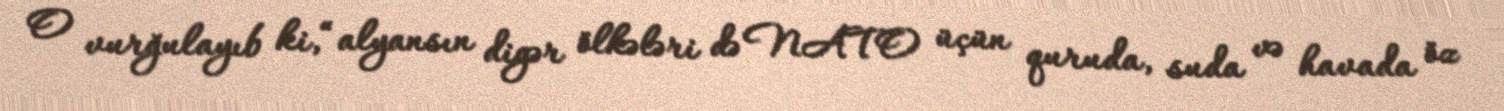
O vurğulayıb ki,“alyansın digər ölkələri də NATO üçün quruda, suda və havada öz